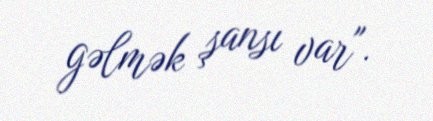
gəlmək şansı var".